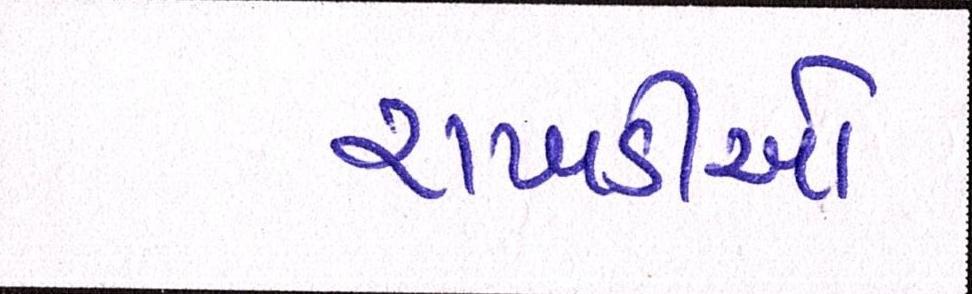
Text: રાખડીઓ